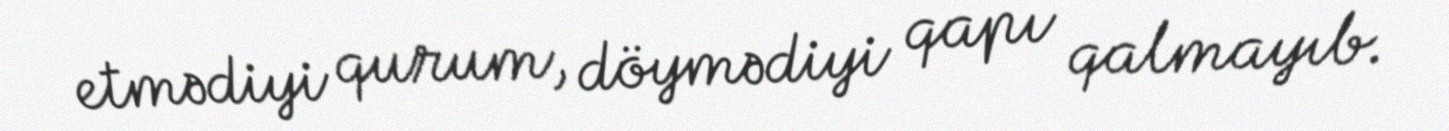
etmədiyi qurum, döymədiyi qapı qalmayıb.